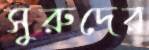
সুরুদের